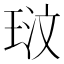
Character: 𭹓